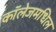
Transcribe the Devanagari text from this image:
काॅलेजमधिल